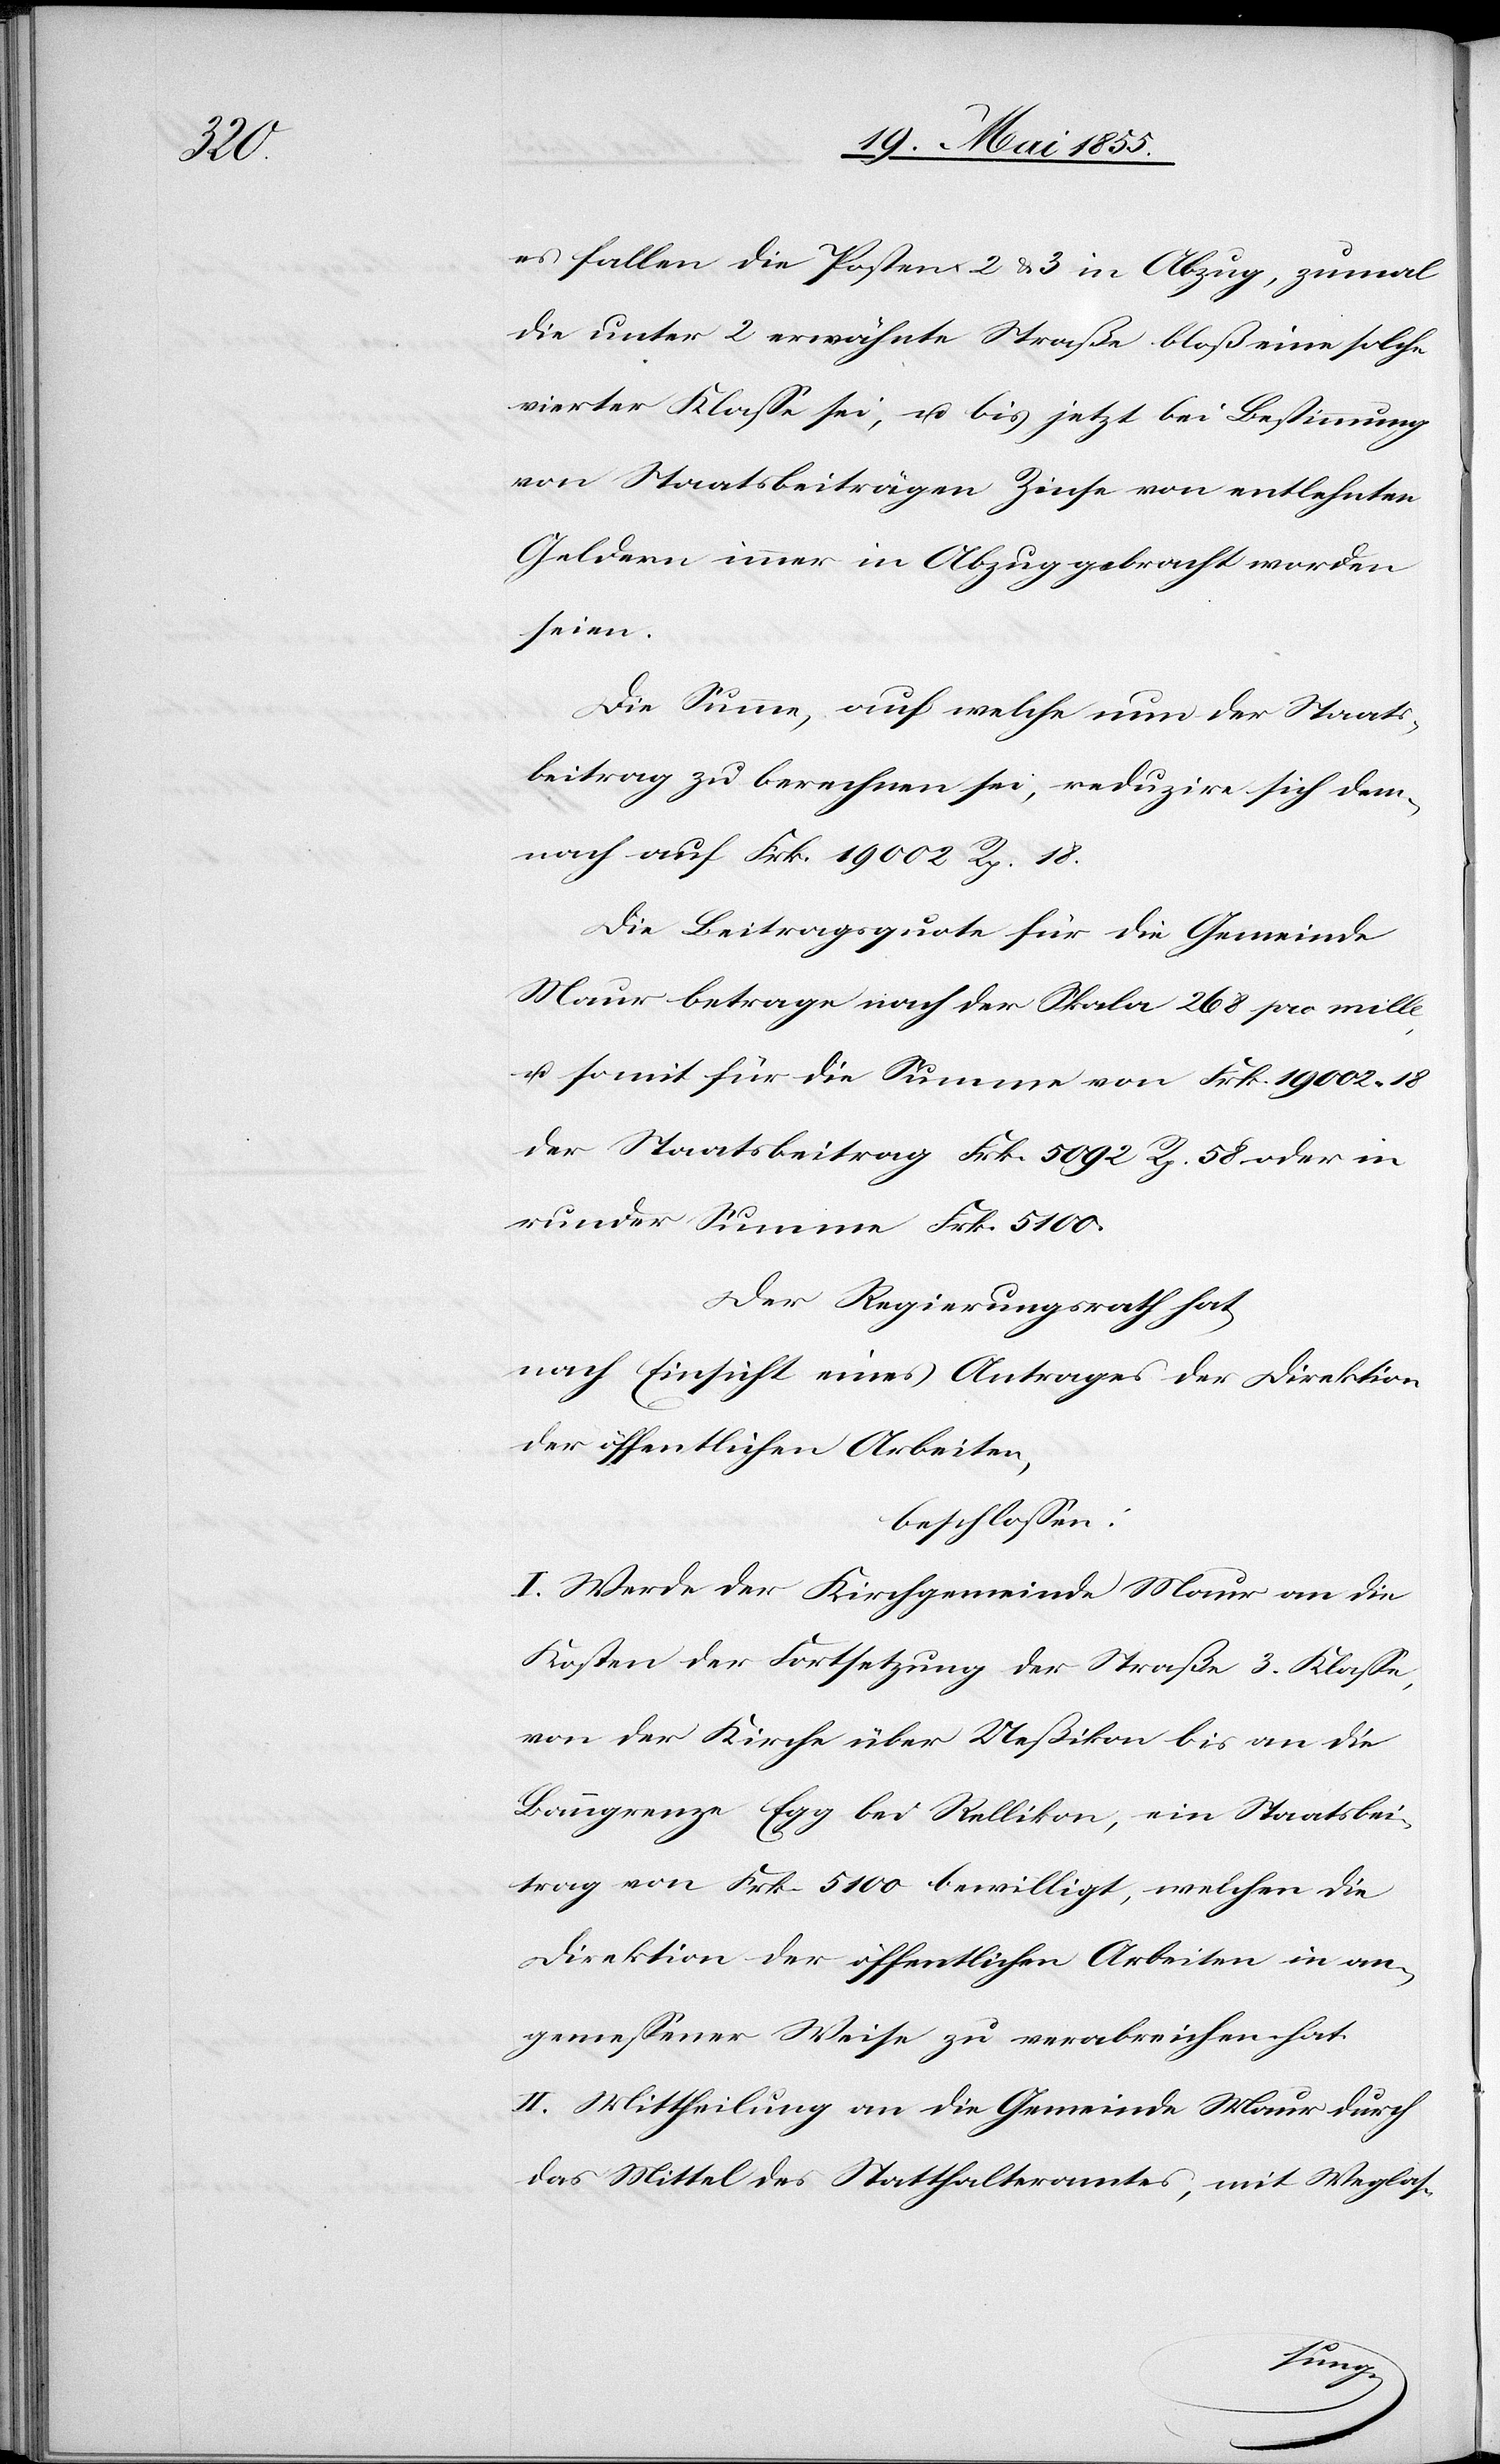
es fallen die Posten 2 & 3 in Abzug, zumal
die unter 2 erwähnte Straße bloß eine solche
vierter Klasse sei, u. bis jetzt bei Bestimmung
von Staatsbeiträgen Zinse von entlehnten
Geldern immer in Abzug gebracht worden
seien.
Die Summe, auf welche nun der Staats¬
beitrag zu berechnen sei, reduzire sich dem¬
nach auf Frk. 19 002 Rp. 18.
Die Beitragsquote für die Gemeinde
Maur betrage nach der Skala 268 pro mille,
u. somit für die Summe von Frk. 19 002. 18
der Staatsbeitrag Frk. 5092 Rp. 58 oder in
runder Summe Frk. 5100.
Der Regierungsrath hat,
nach Einsicht eines Antrages der Direktion
der öffentlichen Arbeiten,
beschlossen:
I. Werde der Kirchgemeinde Maur an die
Kosten der Fortsetzung der Straße 3. Klasse,
von der Kirche über Ueßikon bis an die
Banngrenze Egg bei Rellikon, ein Staatsbei¬
trag von Frk. 5100 bewilligt, welchen die
Direktion der öffentlichen Arbeiten in an¬
gemessener Weise zu verabreichen hat.
II. Mittheilung an die Gemeinde Maur durch
das Mittel des Statthalteramtes, mit Weglas-